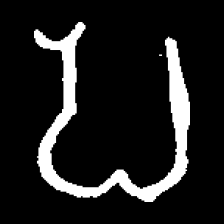
Pyu character \u2014 Myanmar letter: ပ (romanized: pa)